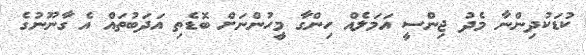
ކުޑަކުދިންނާ މެދު ޖިންސީ އަމަލެއް ހިންގާ މީހުންނަށް ބޮޑެތި އަދަބުތައް އެ ގާނޫނުގެ